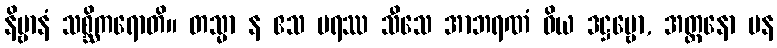
နိဗ္ဗာနံ သစ္ဆိကရောတိ။ တသ္မာ န ဧသ ပရဿ သီသေ အာဘရဏံ ဝိယ ဒဋ္ဌဗ္ဗော, အတ္တနော ပန